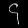
Digit: ၄